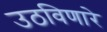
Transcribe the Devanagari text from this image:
उठविणारे